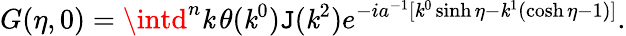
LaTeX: G(\eta,0)=\intd^{n}\mathit{k}\, \theta(\mathit{k}^{0})\mathtt{J}(\mathit{k}^{2})e^{-ia^{-1}[\mathit{k}^{0}\sinh\eta-\mathit{k}^{1}(\cosh\eta-1)]}.